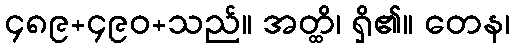
၄၈၉+၄၉၀+သည်။ အတ္ထိ၊ ရှိ၏။ တေန၊